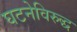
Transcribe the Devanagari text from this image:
घटनेविरुद्ध